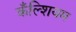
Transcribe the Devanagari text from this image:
कँल्शियम